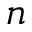
n